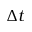
\Delta t